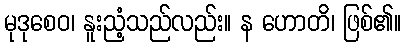
မုဒုစေဝ၊ နူးညံ့သည်လည်း။ န ဟောတိ၊ ဖြစ်၏။